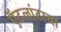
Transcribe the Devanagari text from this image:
ऍटलांटाचा